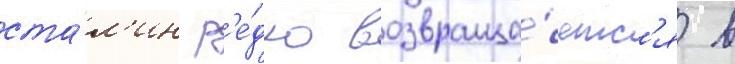
ста́л'ин р'е́дко возвраща́етс'я в